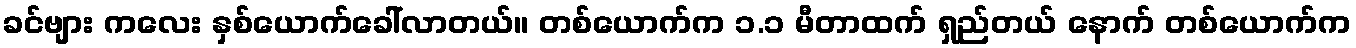
ခင်ဗျား ကလေး နှစ်ယောက်ခေါ်လာတယ်။ တစ်ယောက်က ၁.၁ မီတာထက် ရှည်တယ် နောက် တစ်ယောက်က